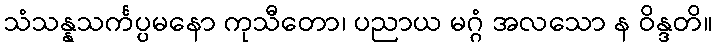
သံသန္နသင်္ကပ္ပမနော ကုသီတော၊ ပညာယ မဂ္ဂံ အလသော န ဝိန္ဒတိ။